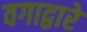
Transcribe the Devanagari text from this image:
वगाद्वारे